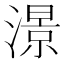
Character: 澋